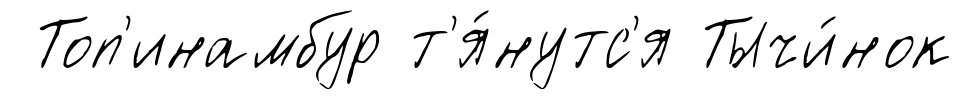
Топ'инамбур т'я́нутс'я Тычи́нок